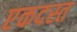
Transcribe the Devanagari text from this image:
एकदस्त